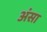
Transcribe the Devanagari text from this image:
अंसा